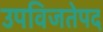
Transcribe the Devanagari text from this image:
उपविजतेपद